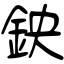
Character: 鉠